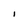
Character: I